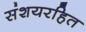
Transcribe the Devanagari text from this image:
संशयरहित